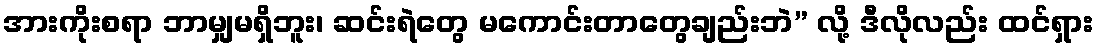
အားကိုးစရာ ဘာမျှမရှိဘူး၊ ဆင်းရဲတွေ မကောင်းတာတွေချည်းဘဲ” လို့ ဒီလိုလည်း ထင်ရှား